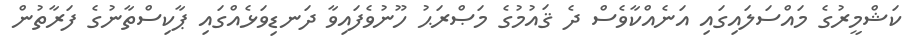
ކަޝްމީރުގެ މައްސަލައިގައި އަނެއްކާވެސް ދެ ޤައުމުގެ މަޞްރަޙު ހޫނުވެފައިވާ ދަނޑިވަޅެއްގައި ޕާކިސްތާނުގެ ފަރާތުން